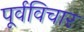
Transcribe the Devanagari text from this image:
पूर्वविचार